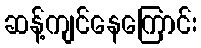
ဆန့်ကျင်နေကြောင်း